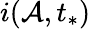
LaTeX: i(\mathcal{A},t_{*})